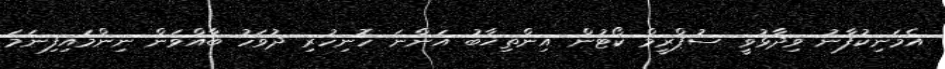
އެމަނިކުފާނު ވިދާޅުވީ ސުޕްރީމް ކޯޓުން އިންތިޚާބު އަންނަ ހޮނިހުރި ދުވަހު ބާއްވަން ނިންމައިފިނަމަ